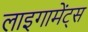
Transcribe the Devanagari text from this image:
लाइगामेंट्स